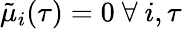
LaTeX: \tilde{\mu}_{i}(\tau)=0\mathrm{~}\forall\mathrm{~}i,\tau